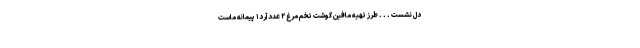
دل نشست . . . طرز تهیه مافین گوشت تخم مرغ ۲ عدد آرد ۱ پیمانه ماست